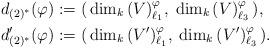
LaTeX: \begin{align*} d_{(2)^*}(\varphi) &:= (\, \dim_k \, (V)^\varphi_{\ell_1}, \; \dim_k \, (V)^\varphi_{\ell_3} \,) , \\ d'_{(2)^*}(\varphi) &:= (\, \dim_k \, (V')^\varphi_{\ell_1}, \; \dim_k \, (V')^\varphi_{\ell_3} \,) . \end{align*}